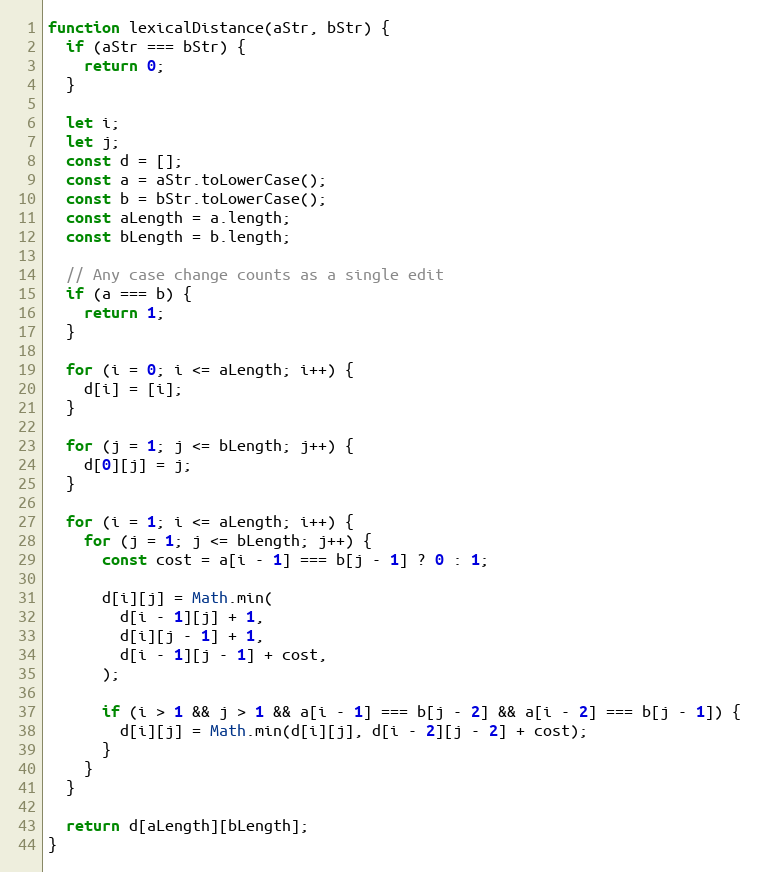
Language: JavaScript
function lexicalDistance(aStr, bStr) {
  if (aStr === bStr) {
    return 0;
  }

  let i;
  let j;
  const d = [];
  const a = aStr.toLowerCase();
  const b = bStr.toLowerCase();
  const aLength = a.length;
  const bLength = b.length;

  // Any case change counts as a single edit
  if (a === b) {
    return 1;
  }

  for (i = 0; i <= aLength; i++) {
    d[i] = [i];
  }

  for (j = 1; j <= bLength; j++) {
    d[0][j] = j;
  }

  for (i = 1; i <= aLength; i++) {
    for (j = 1; j <= bLength; j++) {
      const cost = a[i - 1] === b[j - 1] ? 0 : 1;

      d[i][j] = Math.min(
        d[i - 1][j] + 1,
        d[i][j - 1] + 1,
        d[i - 1][j - 1] + cost,
      );

      if (i > 1 && j > 1 && a[i - 1] === b[j - 2] && a[i - 2] === b[j - 1]) {
        d[i][j] = Math.min(d[i][j], d[i - 2][j - 2] + cost);
      }
    }
  }

  return d[aLength][bLength];
}